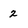
Character: 2